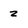
Character: Z